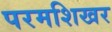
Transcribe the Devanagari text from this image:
परमशिखर